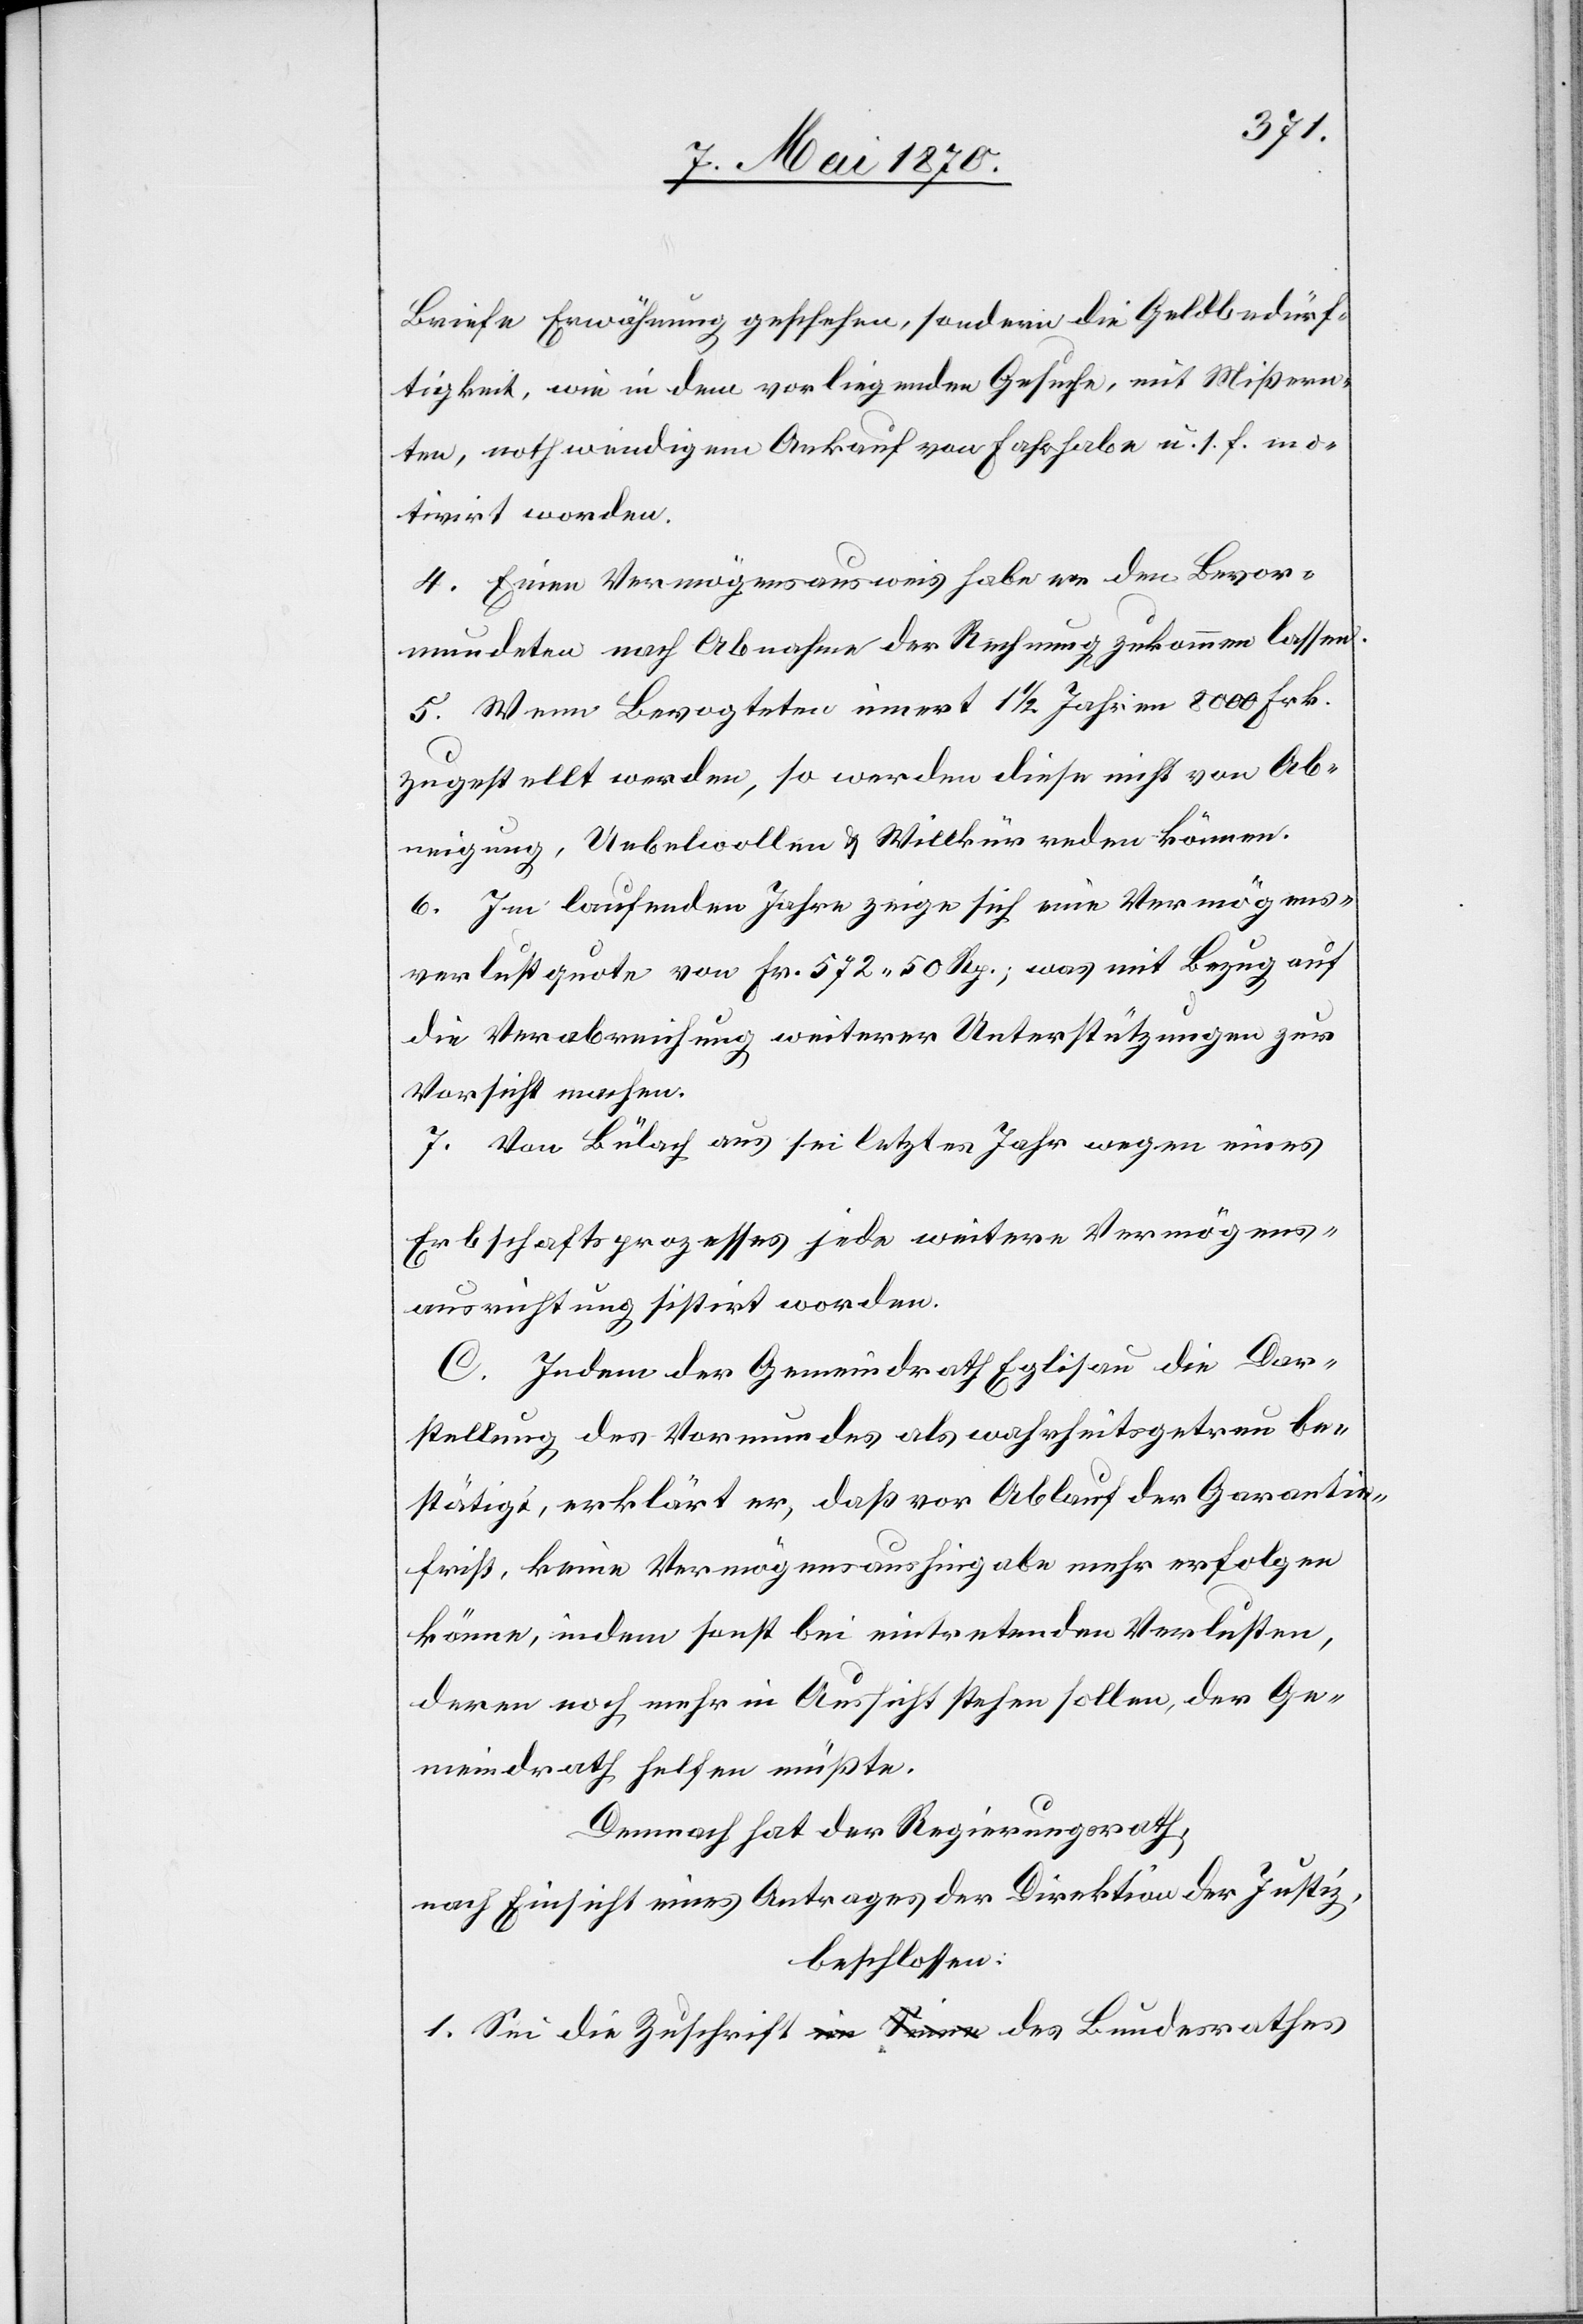
Briefe Erwähnung geschehen, sondern die Geldbedürf¬
tigkeit, wie in dem vorliegenden Gesuche, mit Mißern¬
ten, nothwendigem Ankauf von Fahrhabe u. s. f. mo¬
tivirt worden.
4. Einen Vermögensausweis habe er den Bevor¬
mundeten nach Abnahme der Rechnung zukommen lassen.
5. Wenn Bevogteten innert 1 1/2 Jahren 8000 Frk.
zugestellt werden, so werden diese nicht von Ab¬
neigung, Uebelwollen & Willkür reden können.
6. Im laufenden Jahre zeige sich eine Vermögens¬
verlustquote von Fr. 572.50 Rp., was mit Bezug auf
die Verabreichung weiterer Unterstützungen zur
Vorsicht machen.
7. Von Bülach aus sei letztes Jahr wegen eines
Erbschaftsprozesses jede weitere Vermögens¬
ausrichtung sistirt worden.
C. Indem der Gemeindrath Eglisau die Dar¬
stellung des Vormundes als wahrheitsgetreu be¬
stätigt, erklärt er, daß vor Ablauf der Garantie¬
frist, keine Vermögensaushingabe mehr erfolgen
könne, indem sonst bei eintretenden Verlusten,
deren noch mehr in Aussicht stehen sollen, der Ge¬
meindrath helfen müßte.
Demnach hat der Regierungsrath,
nach Einsicht eines Antrages der Direktion der Justiz,
beschlossen:
1. Sei die Zuschrift a-im Sinne-a des Bundesrathes